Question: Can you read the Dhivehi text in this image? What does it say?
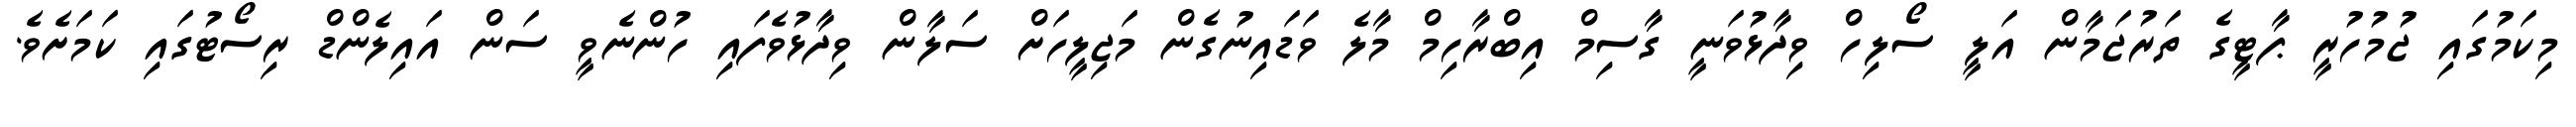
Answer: މިކަމުގައި ޖުމުހުރީ ޕާޓީގެ ތަރުޖަމާން އަލީ ސޯލިހް ވިދާޅުވަނީ ގާސިމް އިބްރާހިމް މާލެ ވަޑައިނުގެން މަޖިލީހަށް ސަލާން ވިދާޅުވެފައި ހުންނެވީ ސަން އައިލެންޑް ރިސޯޓުގައި ކަމަށެވެ.